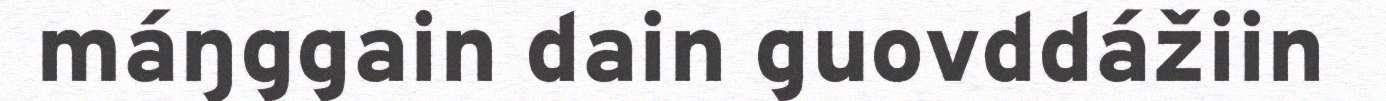
máŋggain dain guovddážiin